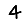
Digit: 4